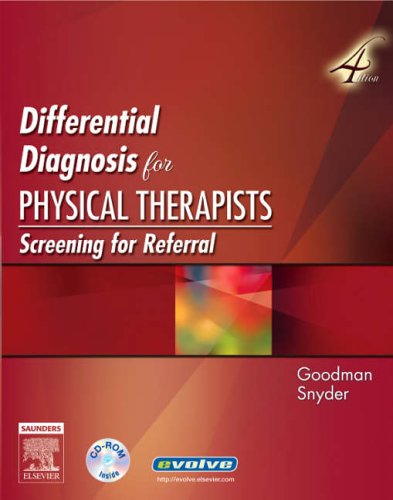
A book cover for Differential Diagnosis for Physical Therapists: Screening for Referral, 4e (Differential Diagnosis In Physical Therapy); Catherine C. Goodman MBA  PT  CBP; Computers & Technology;